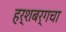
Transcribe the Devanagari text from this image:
हर्शबर्गचा